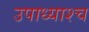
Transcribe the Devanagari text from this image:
उपाध्याश्च